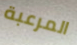
المرعبة